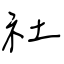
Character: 社